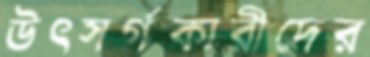
উৎসর্গকারীদের